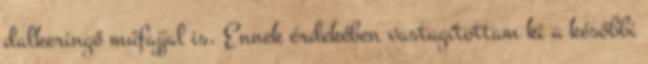
dalkeringő műfajjal is. Ennek érdekében vastagítottam ki a későbbi